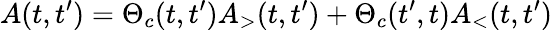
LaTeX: A(t,t^{\prime})=\Theta_{c}(t,t^{\prime})A_{>}(t,t^{\prime})+\Theta_{c}(t^{\prime},t)A_{<}(t,t^{\prime})